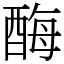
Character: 酶